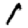
Digit: 1